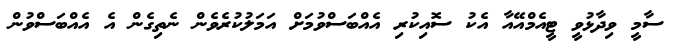
ސާމީ ވިދާޅުވީ ޓީއެމްއޭއާ އެކު ސޮއިކުރި އެއްބަސްވުމަށް އަމަލުކުރެވެން ނެތިގެން އެ އެއްބަސްވުން